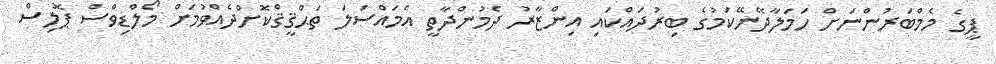
ޕީގެ މެމްބަރުންނަށް ހަމަލާދޭނޭކަމުގެ ބިރުދައްކައި އިންޒާރު ދެމުންދާތީ އެމައްސަލަ ތަޙްޤީޤްކޮށްދެއްވުމަށް މޯލްޑިވްސް ޕޮލިސް